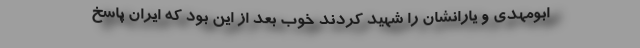
ابومهدی و یارانشان را شهید کردند خوب بعد از این بود که ایران پاسخ